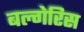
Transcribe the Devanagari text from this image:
बल्गेरिस